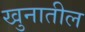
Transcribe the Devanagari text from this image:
खुनातील